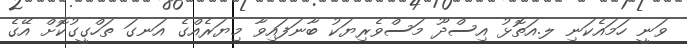
ވަނީ ހަމައެކަނި ލ.އަތޮޅު އިސްދޫ މަސްވެރިޔަކު ބާނަފައިވާ މިޔަރެއްގެ އަނގަ ތަހްގީގުކޮށް އޭގެ